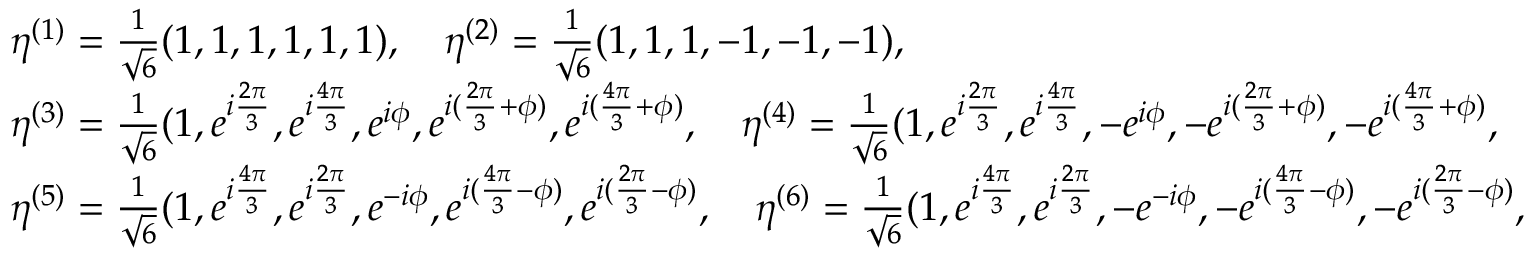
\begin{array} { r l } & { \eta ^ { ( 1 ) } = \frac { 1 } { \sqrt { 6 } } ( 1 , 1 , 1 , 1 , 1 , 1 ) , \quad \eta ^ { ( 2 ) } = \frac { 1 } { \sqrt { 6 } } ( 1 , 1 , 1 , - 1 , - 1 , - 1 ) , } \\ & { \eta ^ { ( 3 ) } = \frac { 1 } { \sqrt { 6 } } ( 1 , e ^ { i \frac { 2 \pi } { 3 } } , e ^ { i \frac { 4 \pi } { 3 } } , e ^ { i \phi } , e ^ { i ( \frac { 2 \pi } { 3 } + \phi ) } , e ^ { i ( \frac { 4 \pi } { 3 } + \phi ) } , \quad \eta ^ { ( 4 ) } = \frac { 1 } { \sqrt { 6 } } ( 1 , e ^ { i \frac { 2 \pi } { 3 } } , e ^ { i \frac { 4 \pi } { 3 } } , - e ^ { i \phi } , - e ^ { i ( \frac { 2 \pi } { 3 } + \phi ) } , - e ^ { i ( \frac { 4 \pi } { 3 } + \phi ) } , } \\ & { \eta ^ { ( 5 ) } = \frac { 1 } { \sqrt { 6 } } ( 1 , e ^ { i \frac { 4 \pi } { 3 } } , e ^ { i \frac { 2 \pi } { 3 } } , e ^ { - i \phi } , e ^ { i ( \frac { 4 \pi } { 3 } - \phi ) } , e ^ { i ( \frac { 2 \pi } { 3 } - \phi ) } , \quad \eta ^ { ( 6 ) } = \frac { 1 } { \sqrt { 6 } } ( 1 , e ^ { i \frac { 4 \pi } { 3 } } , e ^ { i \frac { 2 \pi } { 3 } } , - e ^ { - i \phi } , - e ^ { i ( \frac { 4 \pi } { 3 } - \phi ) } , - e ^ { i ( \frac { 2 \pi } { 3 } - \phi ) } , } \end{array}